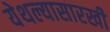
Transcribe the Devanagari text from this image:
येथल्यासारखी